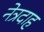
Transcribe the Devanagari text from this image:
नेत्रदाह